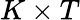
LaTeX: K\times T